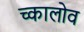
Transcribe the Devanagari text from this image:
च्कालोव